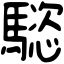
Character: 𩥝